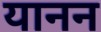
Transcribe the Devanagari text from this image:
यानन